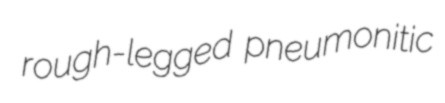
rough-legged pneumonitic